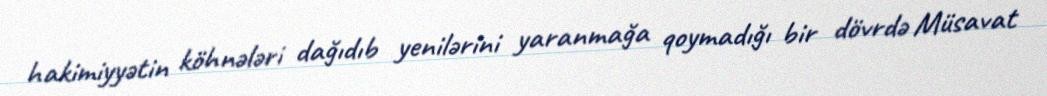
hakimiyyətin köhnələri dağıdıb yenilərini yaranmağa qoymadığı bir dövrdə Müsavat